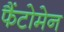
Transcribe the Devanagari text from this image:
फैंटोमेन